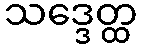
သဒ္ဒေတ္ထ